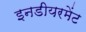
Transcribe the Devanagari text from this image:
इनडीयरमेंट